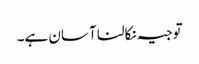
توجیہ نکالنا آسان ہے۔